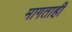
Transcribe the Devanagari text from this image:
मागताही